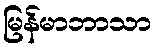
မြန်မာဘာသာ